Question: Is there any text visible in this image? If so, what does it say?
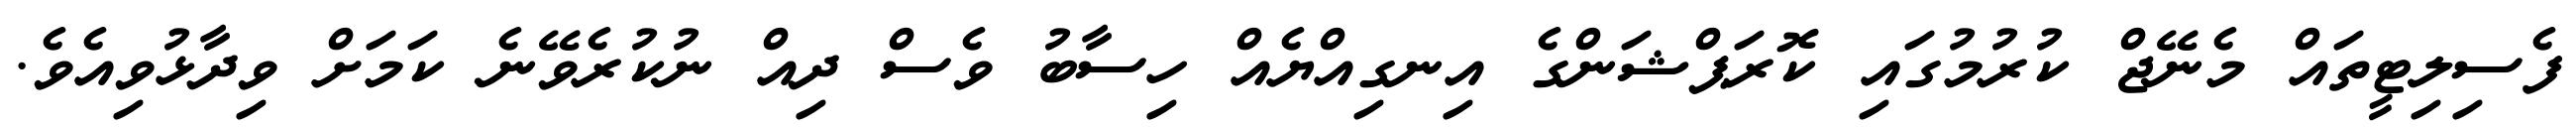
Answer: ފެސިލިޓީތައް މެނޭޖް ކުރުމުގައި ކޮރަޕްޝަންގެ އިނގިއްޔެއް ހިސާބު ވެސް ދިއް ނުކުރެވޭނެ ކަމަށް ވިދާޅުވިއެވެ.